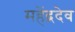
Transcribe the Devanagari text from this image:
महेंद्रदेव